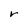
Character: r